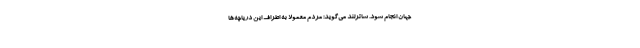
جهان انجام شود. ساترلند می‌گوید: مردم معمولا به اطراف این دریاچه‌ها